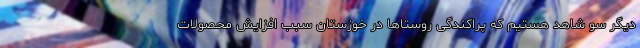
دیگر سو شاهد هستیم که پراکندگی روستاها در خوزستان سبب افزایش محصولات